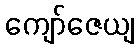
ကျော်ဇေယျ